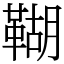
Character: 䩴